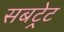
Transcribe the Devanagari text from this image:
सबट्रेट